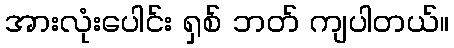
အားလုံးပေါင်း ရှစ် ဘတ် ကျပါတယ်။